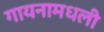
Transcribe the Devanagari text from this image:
गायनामधली